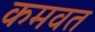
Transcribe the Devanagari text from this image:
कमवत